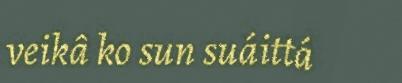
veikâ ko sun suáittá